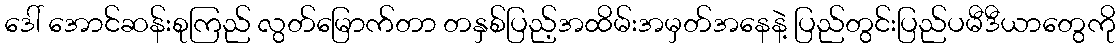
ဒေါ် အောင်ဆန်းစုကြည် လွတ်မြောက်တာ တနှစ်ပြည့်အထိမ်းအမှတ်အနေနဲ့ ပြည်တွင်းပြည်ပမီဒီယာတွေကို